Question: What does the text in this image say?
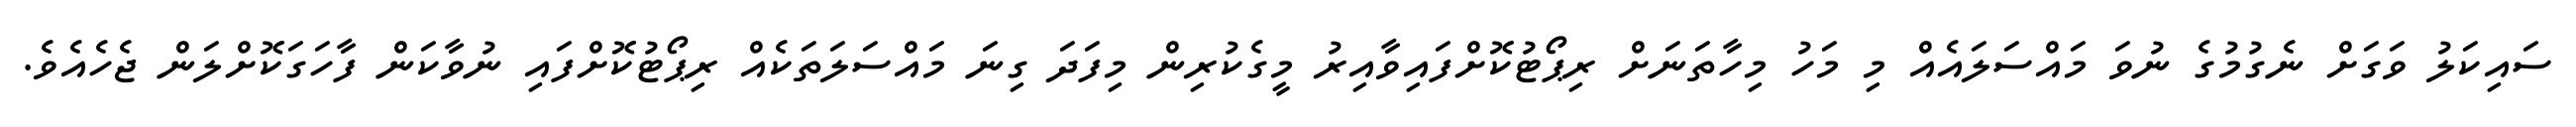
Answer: ސައިކަލު ވަގަށް ނެގުމުގެ ނުވަ މައްސަލައެއް މި މަހު މިހާތަނަށް ރިޕޯޓުކޮށްފައިވާއިރު މީގެކުރިން މިފަދަ ގިނަ މައްސަލަތަކެއް ރިޕޯޓުކޮށްފައި ނުވާކަން ފާހަގަކޮށްލަން ޖެހެއެވެ.